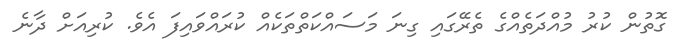
ގޮތުން ކުރު މުއްދަތެއްގެ ތެރޭގައި ގިނަ މަސައްކަތްތަކެއް ކުރައްވައިފަ އެވެ. ކުރިއަށް ދާނެ